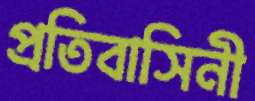
প্রতিবাসিনী